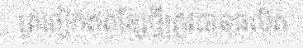
ត្រចៀកឥតខ្សែថ្មីត្រូវបានផលិត